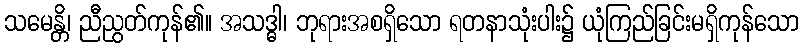
သမေန္တိ၊ ညီညွတ်ကုန်၏။ အသဒ္ဓါ၊ ဘုရားအစရှိသော ရတနာသုံးပါး၌ ယုံကြည်ခြင်းမရှိကုန်သော